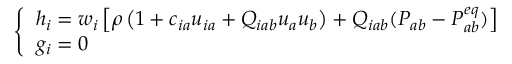
\left\{ \begin{array} { l l } { h _ { i } = w _ { i } \left[ \rho \left( 1 + c _ { i a } u _ { i a } + Q _ { i a b } u _ { a } u _ { b } \right) + Q _ { i a b } ( P _ { a b } - P _ { a b } ^ { e q } ) \right] } \\ { g _ { i } = 0 } \end{array} \right.